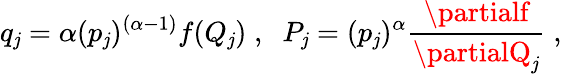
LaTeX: q_{\mathit{j}}=\alpha({p_{\mathit{j}}})^{(\alpha-1)}f(Q_{\mathit{j}})\; ,\; \; P_{\mathit{j}}=({p_{\mathit{j}}})^{\alpha}\frac{{\partialf}}{{\partialQ_{\mathit{j}}}}\; ,